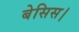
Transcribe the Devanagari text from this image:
बेसिस।